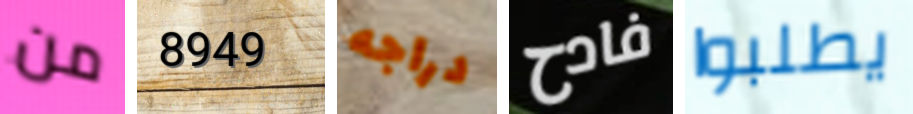
من 8949 دراجه فادح يطلبوا